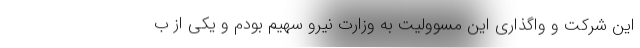
این شرکت و واگذاری این مسوولیت به وزارت نیرو سهیم بودم و یکی از ب